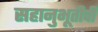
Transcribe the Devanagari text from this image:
सहानुभूतीची